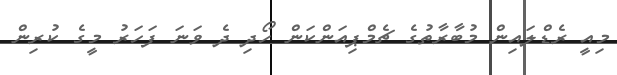
މިއީ ރެޑްލައިން މުބާރާތުގެ ޗެމްޕިއަންކަން ހޯދި ދެ ވަނަ ފަހަރު މީގެ ކުރިން